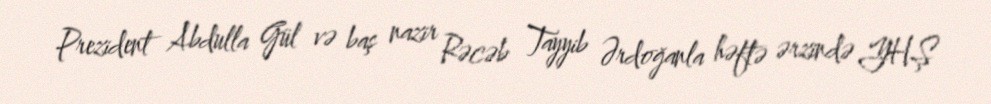
Prezident Abdulla Gül və baş nazir Rəcəb Tayyib Ərdoğanla həftə ərzində YHŞ